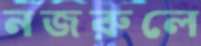
নজরুলে